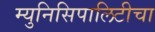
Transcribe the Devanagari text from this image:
म्युनिसिपालिटीचा